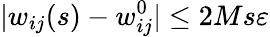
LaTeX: |w_{ij}(s)-w_{ij}^{0}|\leq 2Ms\varepsilon